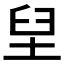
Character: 𱼭